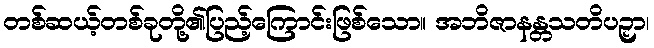
တစ်ဆယ့်တစ်ခုတို့၏ပြည့်ကြောင်းဖြစ်သော။ အဘိဇာနန္တသတိပဉှာ၊